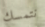
نتمسك